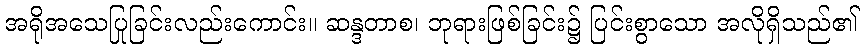
အရိုအသေပြုခြင်းလည်းကောင်း။ ဆန္ဒတာစ၊ ဘုရားဖြစ်ခြင်း၌ ပြင်းစွာသော အလိုရှိသည်၏